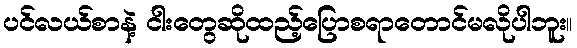
ပင်လယ်စာနဲ့ ငါးတွေဆိုထည့်ပြောစရာတောင်မလိုပါဘူး။